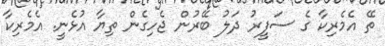
ތޭ އެމެރިކާ ގެ ސަފީރު ދަލު ބޭރުން ޖެހިގެން ތިޔާ އުޅެނީ. އެމެރިކާ